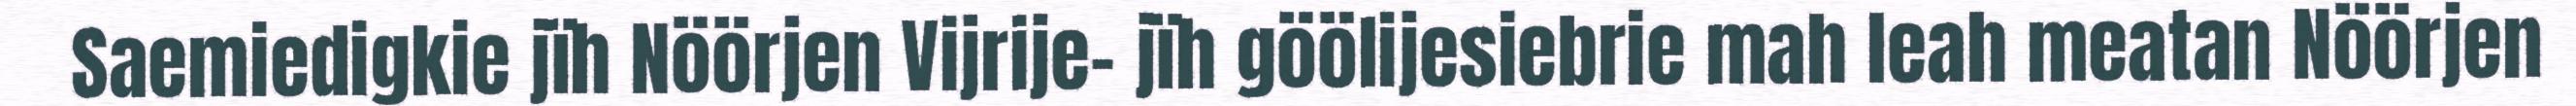
Saemiedigkie jïh Nöörjen Vijrije- jïh göölijesiebrie mah leah meatan Nöörjen